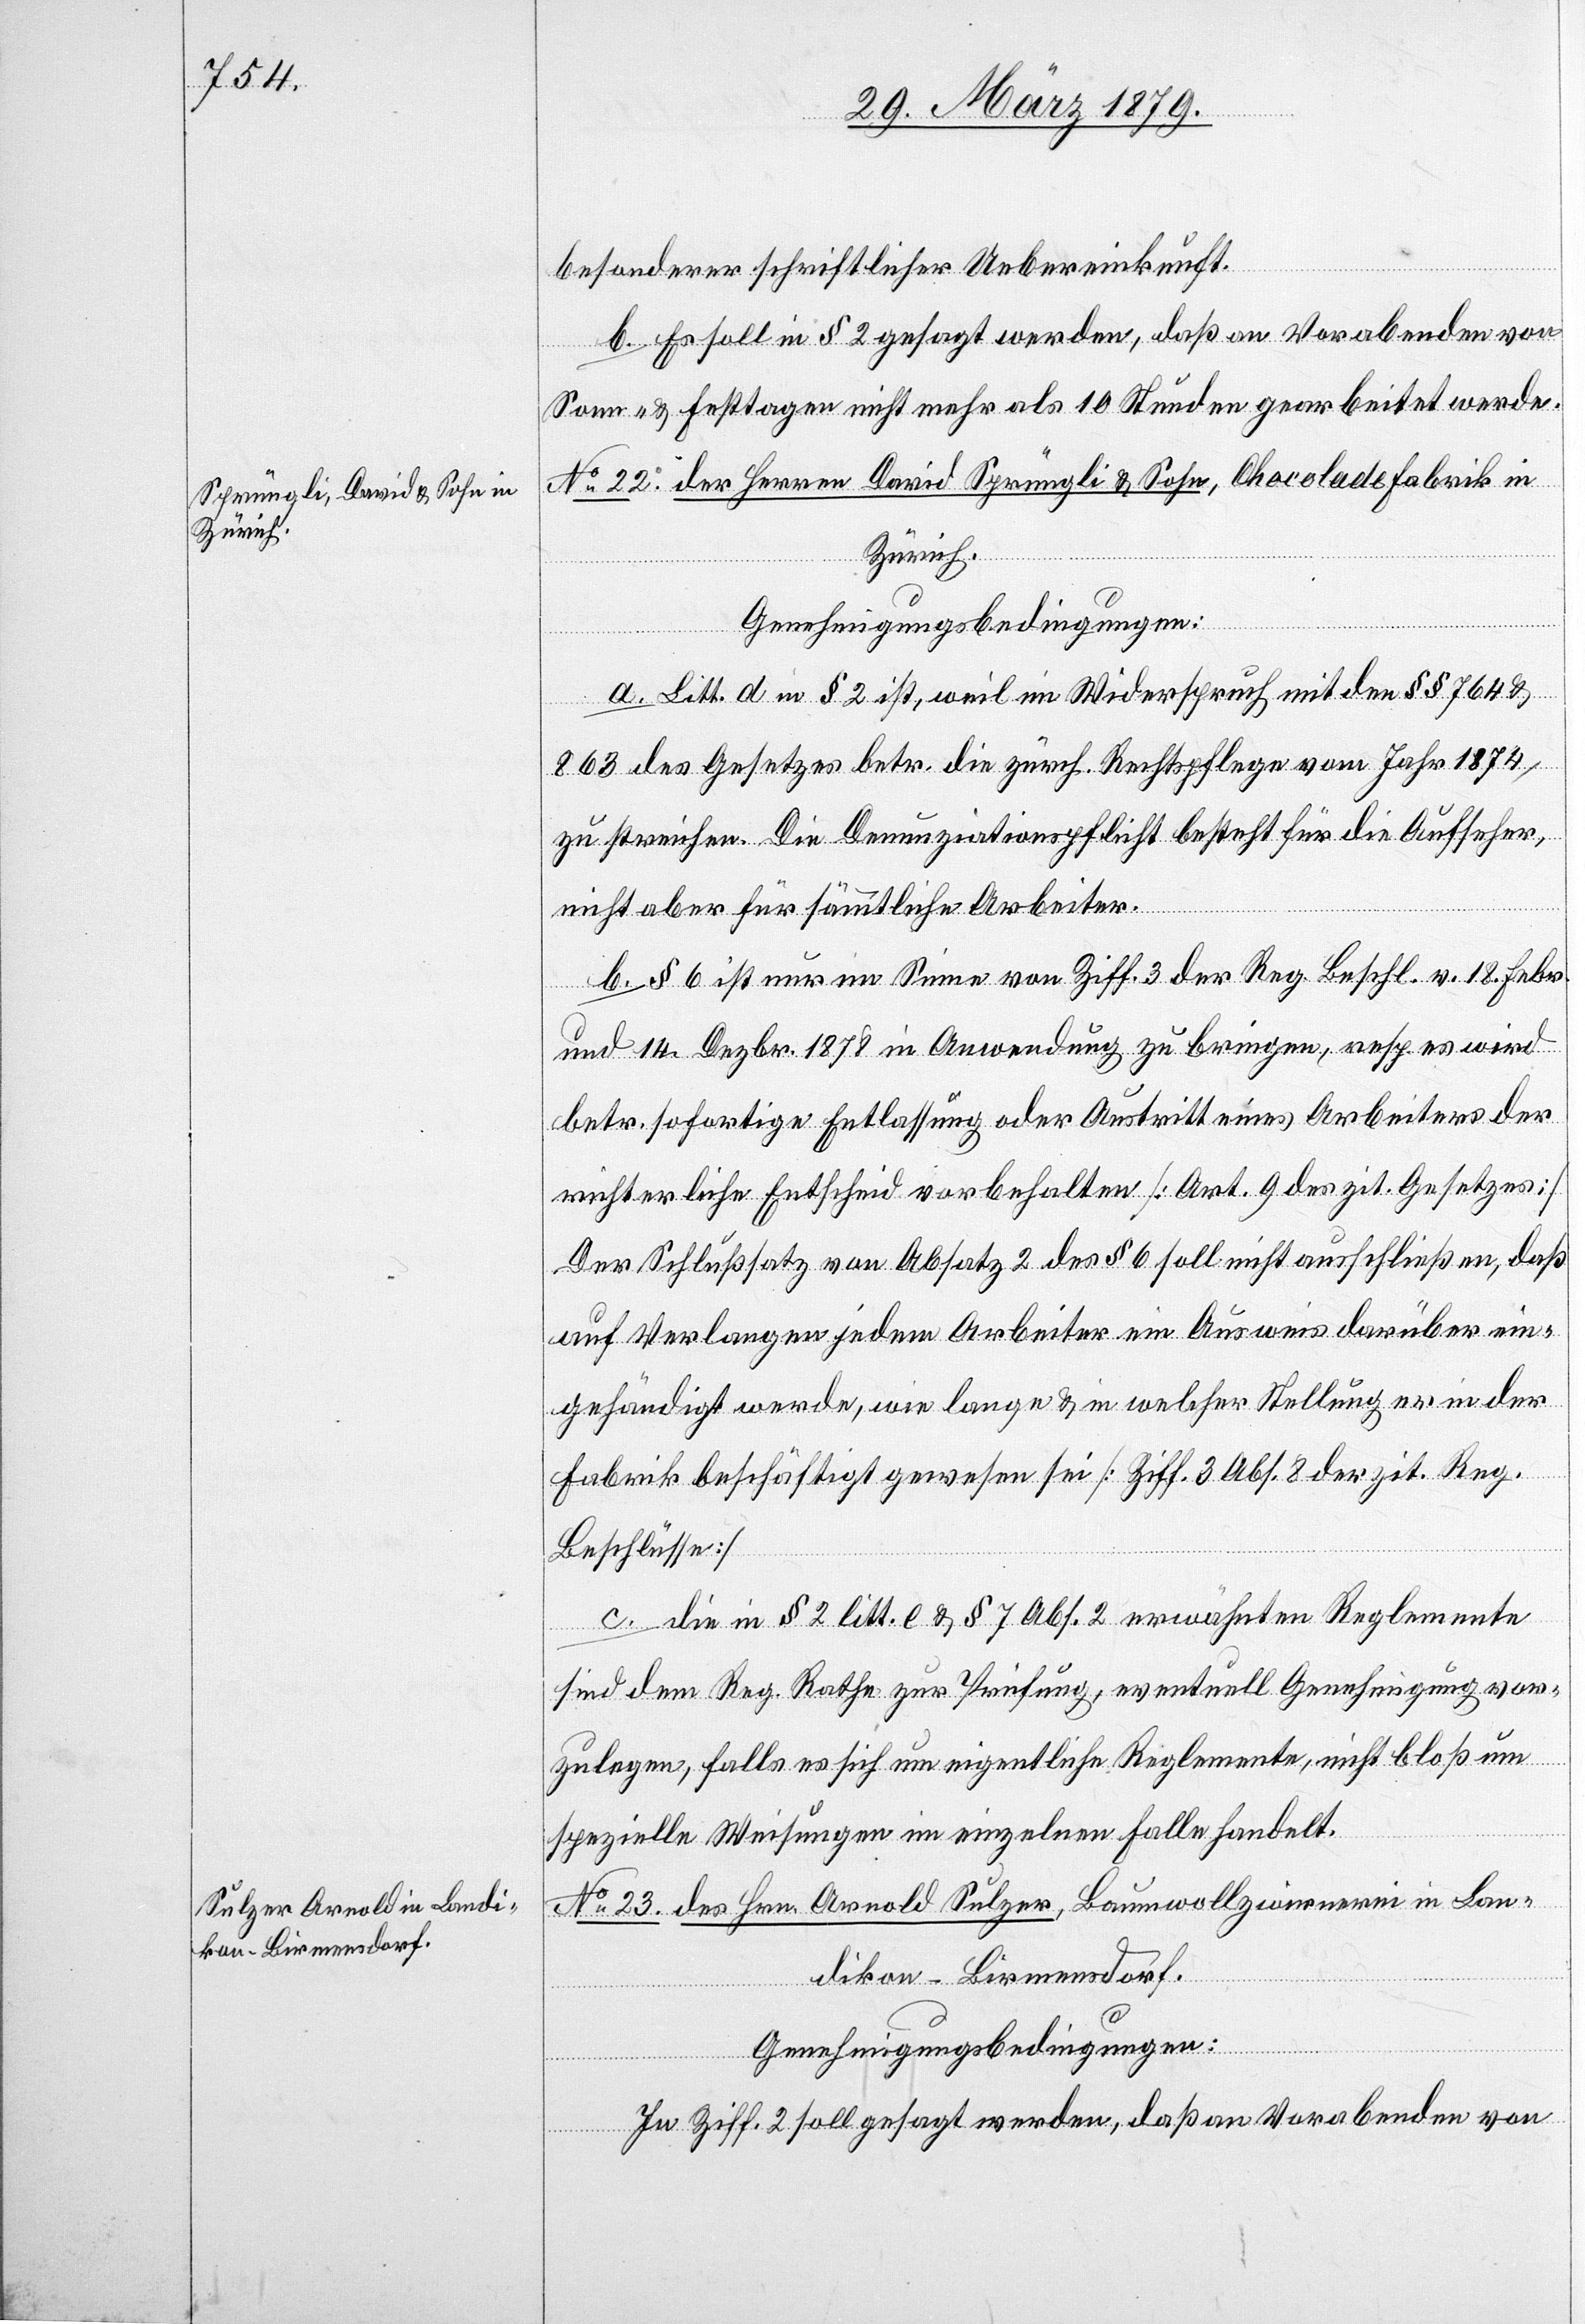
besonderer schriftlicher Uebereinkunft.
b. Es soll in § 2 gesagt werden, daß an Vorabenden von
Sonn- & Festtagen nicht mehr als 10 Stunden gearbeitet werde.
No 22. der Herren David Sprüngli & Sohn, Chocoladefabrik in
Zürich.
Genehmigungsbedingungen:
a. Litt. d in § 2 ist, weil im Widerspruch mit den §§ 764 &
863 des Gesetzes betr. die zürch. Rechtspflege vom Jahr 1874,
zu streichen. Die Denunziationspflicht besteht für die Aufseher,
nicht aber für sämmtliche Arbeiter.
b. § 6 ist nur im Sinne von Ziff. 3 der Reg. Beschl. v. 18. Febr.
und 14. Dezbr. 1878 in Anwendung zu bringen, resp. es wird
betr. sofortige Entlassung oder Austritt eines Arbeiters der
richterliche Entscheid vorbehalten [Art. 9 des zit. Gesetzes].
c. Die in § 2 litt. e & § 7 Abs. 2 erwähnten Reglemente
sind dem Reg. Rathe zur Prüfung, eventuell Genehmigung vor¬
zulegen, falls es sich um eigentliche Reglemente, nicht bloß um
spezielle Weisungen im einzelnen Falle handelt.
No 23. des Hrn. Arnold Sulzer, Baumwollzwirnerei in Lan¬
dikon - Birmensdorf.
Genehmigungsbedingungen:
In Ziff. 2 soll gesagt werden, daß an Vorabenden von